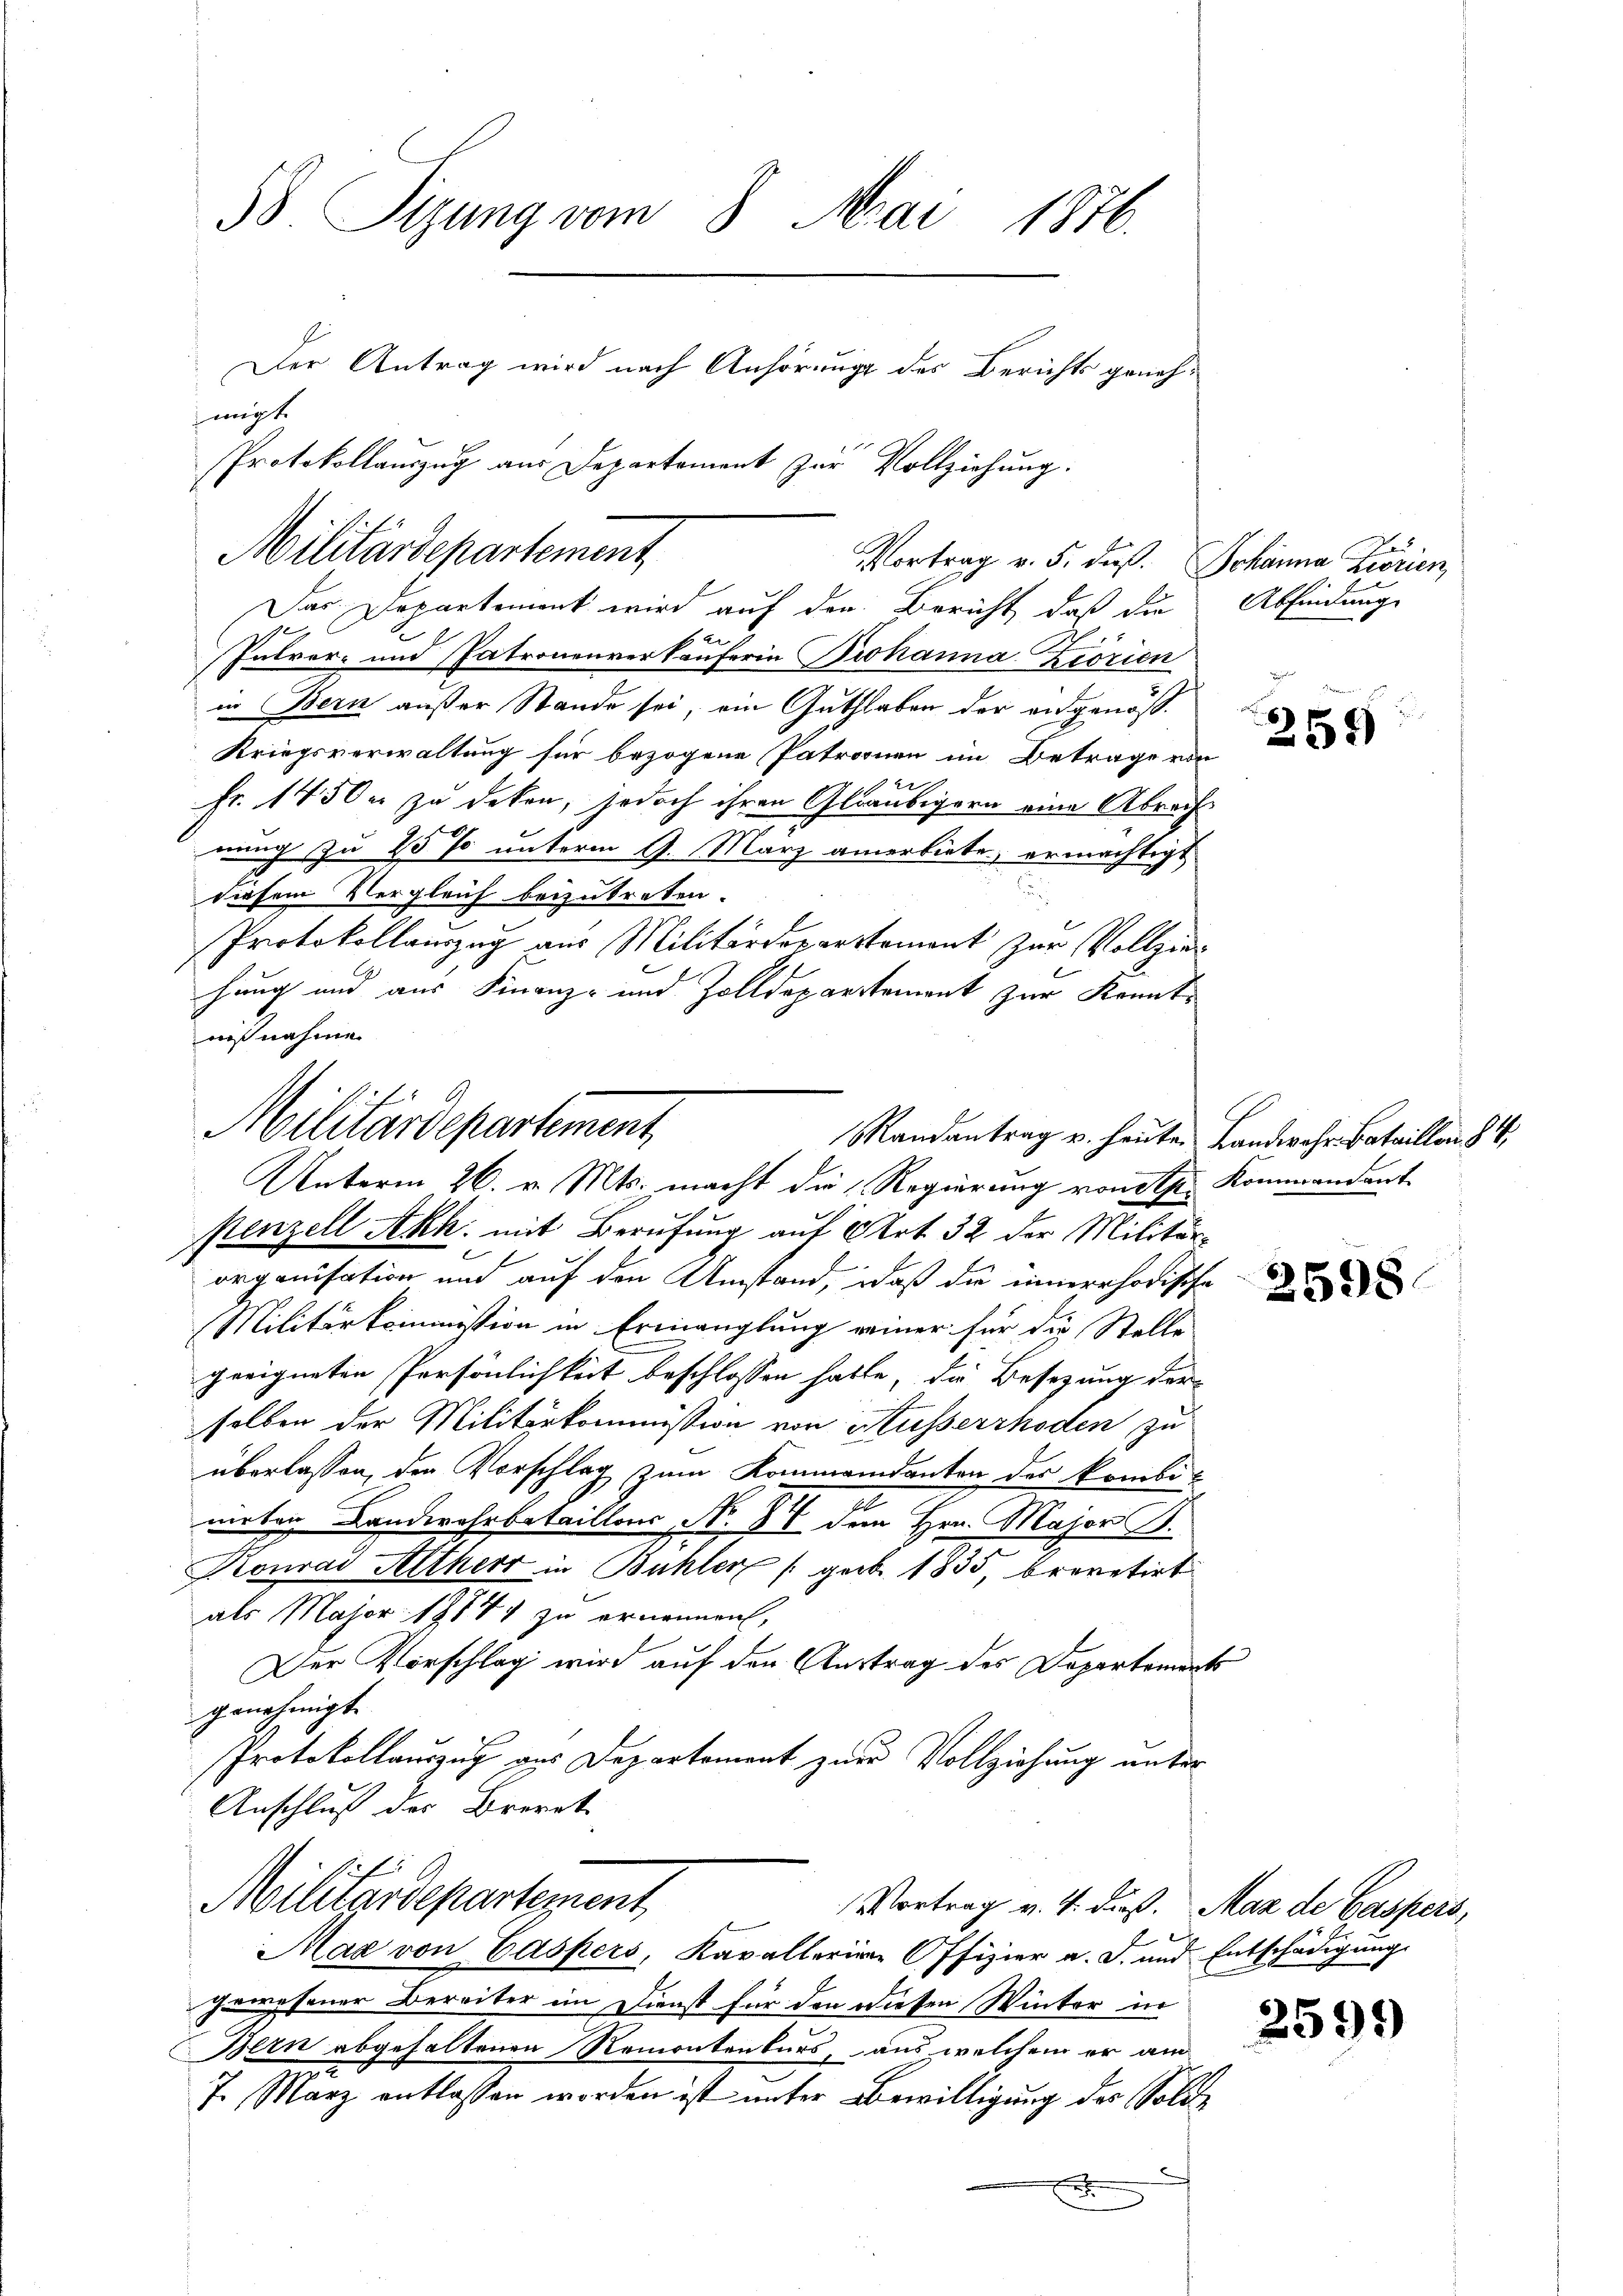
58. Sigung vom 8. Mai 1876.
Der Antrag wird nach Anhörung des Berichts geneheigte
Protokollauszug aus Departement zŭr Vollziehŭng.

Militärdepartement
Vortrag v. 5. daß Johanna Fiorien,

Das Departement wird auf der Bericht, daß die
Pulver- und Patronenverkäuferin Prohanna Zeorien
in Bern außer Stande sei, ain Guthaben der eidgenöß¬
Kriegsverwaltung für bezogene Patronen im Betrage von
Fr. 1450 er zu deken, jedoch ihren Gläubigern eine Abrechnung zu 20 % unterm 9. März anerbiete, ermächtigt
diesem Vergleich beizutreten.
Protokollauszug aus Militärdepartement zur Vollzier
hung und aus Finanz- und Zolldepartement zur Kenntstenzell Akk: mit Berufung auf Art. 32 der Militäre
organisation und auf den Umstand, daß die innerrhodische
Militärkommission in Ermanglung einer für die Stelle
geeigneten Persönlichkeit beschlossen hatte, die Besetzung der
selben der Militärkommission von Ausserrhoden zu
überlassen, den Vorschlag zum Kommendanten der kombi-
mirten Landwehrbetaillons, No. 88 dem Hrn. Major B.
Konrad Altherr in Bühler (geb. 1835, brevetirt
als Major 19744 zu ernennen,
Der Vorschlag wird auf den Austrag des Departemen
genehmigt.
Protokollauszug aus Departement zur Vollziehung unter
Anschluß des Brevet
Militärdepartement
Vortrag v. 4. dieß. Max de Caspers,
Max von Caspers, Kavallerine Offizier a. S. und Entschädigung
gewesener Bereiter im Dienst für den diesen Winter in
Bern abgehaltenen Remontenkurs, aus welchem er am
7. März entlassen worden ist unter Bewilligung des Solde
.

nißnahme.
Militärdepartement,
Randantrag u. heute. Landwehr-Bataillon 84
Unterm 26. v. Mts. macht die Regierung von the

e

Abfindung

259

Kommandant

2

2598.

2599